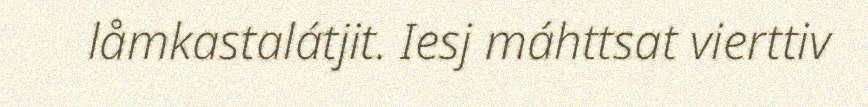
låmkastalátjit. Iesj máhttsat vierttiv